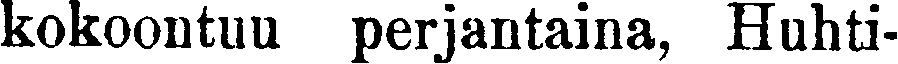
kokoontuu perjantaina, Huhti-